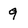
Character: 9